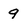
Character: 9